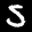
Label: 5